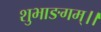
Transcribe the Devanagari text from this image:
शुभाङगम्।।